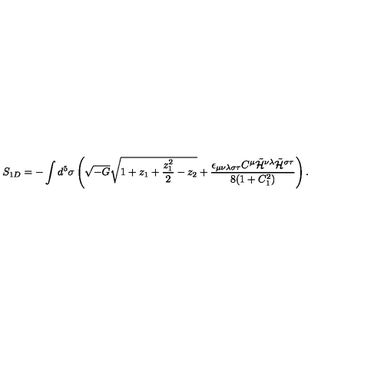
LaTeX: S _ { 1 D } = - \int d ^ { 5 } \sigma \left( \sqrt { - G } \sqrt { 1 + z _ { 1 } + \frac { z _ { 1 } ^ { 2 } } { 2 } - z _ { 2 } } + \frac { \epsilon _ { \mu \nu \lambda \sigma \tau } C ^ { \mu } \tilde { { \cal H } } ^ { \nu \lambda } \tilde { { \cal H } } ^ { \sigma \tau } } { 8 ( 1 + C _ { 1 } ^ { 2 } ) } \right) .